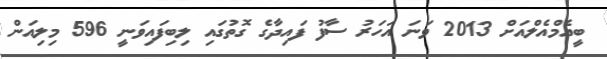
ބީއެމްއެލްއަށް 2013 ވަނަ އަހަރު ސާފު ފައިދާގެ ގޮތުގައި ލިބިފައިވަނީ 596 މިލިއަން